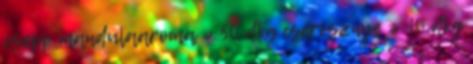
csepp mandulaaroma » 50 dkg cseresznye » 10 dkg